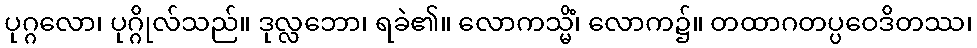
ပုဂ္ဂလော၊ ပုဂ္ဂိုလ်သည်။ ဒုလ္လဘော၊ ရခဲ၏။ လောကသ္မိံ၊ လောက၌။ တထာဂတပ္ပဝေဒိတဿ၊